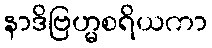
နာဒိဗြဟ္မစရိယကာ